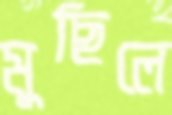
মুছিলে